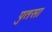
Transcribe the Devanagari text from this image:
पुतसा